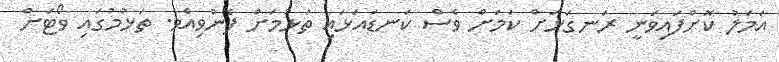
އަމަލު ކޮށްފައިވަނީ ރަނގަޅަށް ކަމަށް ވެސް ކަނޑައަޅައި ތަޅުމަށް ފޮނުވިއެވެ. ތަޅުމުގައި ވޯޓަށް